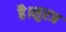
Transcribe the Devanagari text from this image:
है।सुरज